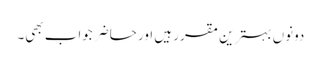
دونوں بہترین مقرر ہیں اور حاضر جواب بھی۔